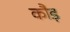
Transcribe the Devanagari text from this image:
कौड़